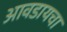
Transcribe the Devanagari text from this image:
आवडायचा